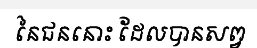
នៃជននោះ ដែលបានសព្វ